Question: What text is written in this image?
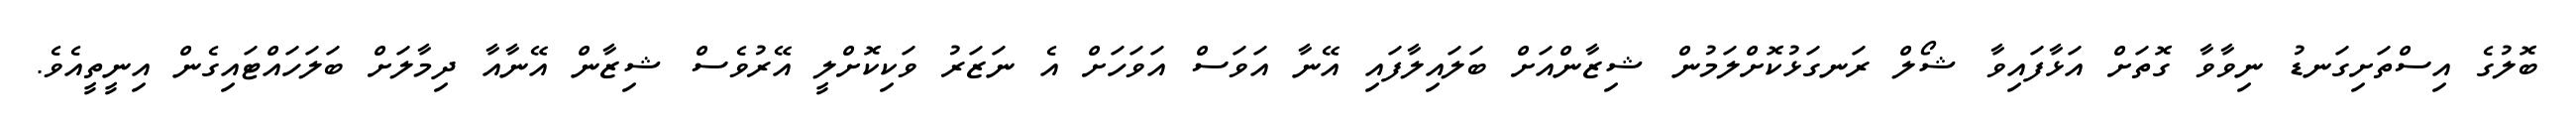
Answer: ބޮލުގެ އިސްތަށިގަނޑު ނިވާވާ ގޮތަށް އަޅާފައިވާ ޝޯލް ރަނގަޅުކޮށްލަމުން ޝިޒާންއަށް ބަލައިލާފައި އޭނާ އަވަސް އަވަހަށް އެ ނަޒަރު ވަކިކޮށްލީ އޭރުވެސް ޝިޒާން އޭނާއާ ދިމާލަށް ބަލަހައްޓައިގެން އިނީތީއެވެ.